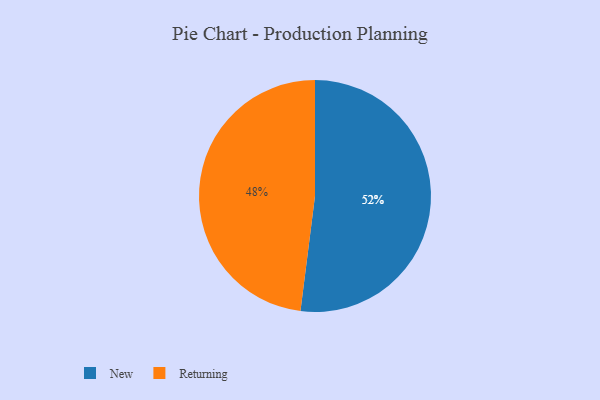
{"axis": {"x": "Category", "y": "Percentage"}, "legend": ["New", "Returning"], "data": [{"x": "Returning", "y": 48, "type": "Returning"}, {"x": "New", "y": 52, "type": "New"}]}